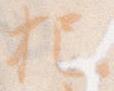
把